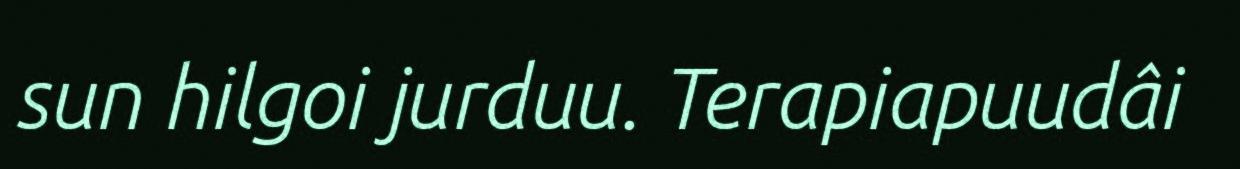
sun hilgoi jurduu. Terapiapuudâi